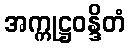
အက္ကုဋ္ဌဝန္ဒိတံ